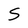
Character: S